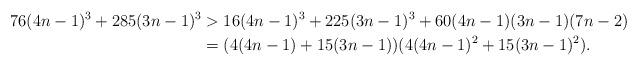
LaTeX: \begin{align*}76(4n-1)^{3} + 285(3n-1)^{3} & > 16(4n-1)^{3} + 225(3n-1)^{3} + 60(4n-1)(3n-1)(7n - 2)\\& = (4(4n-1)+15(3n-1))(4(4n-1)^{2}+15(3n-1)^{2}). \end{align*}